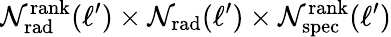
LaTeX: \mathcal{N}_{\mathrm{{rad}}}^{\mathrm{{rank}}}(\ell^{\prime})\times\mathcal{N}_{\mathrm{{rad}}}(\ell^{\prime})\times\mathcal{N}_{\mathrm{{spec}}}^{\mathrm{{rank}}}(\ell^{\prime})